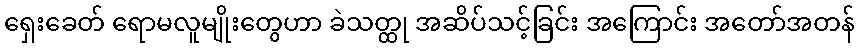
ရှေးခေတ် ရောမလူမျိုးတွေဟာ ခဲသတ္ထု အဆိပ်သင့်ခြင်း အကြောင်း အတော်အတန်